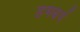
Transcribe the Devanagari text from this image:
हमबर्ग